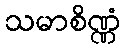
သမာစိဏ္ဏံ